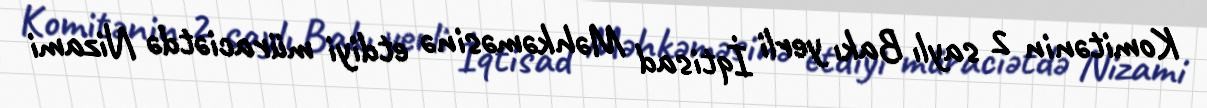
Komitənin 2 saylı Bakı yerli İqtisad Məhkəməsinə etdiyi müraciətdə Nizami